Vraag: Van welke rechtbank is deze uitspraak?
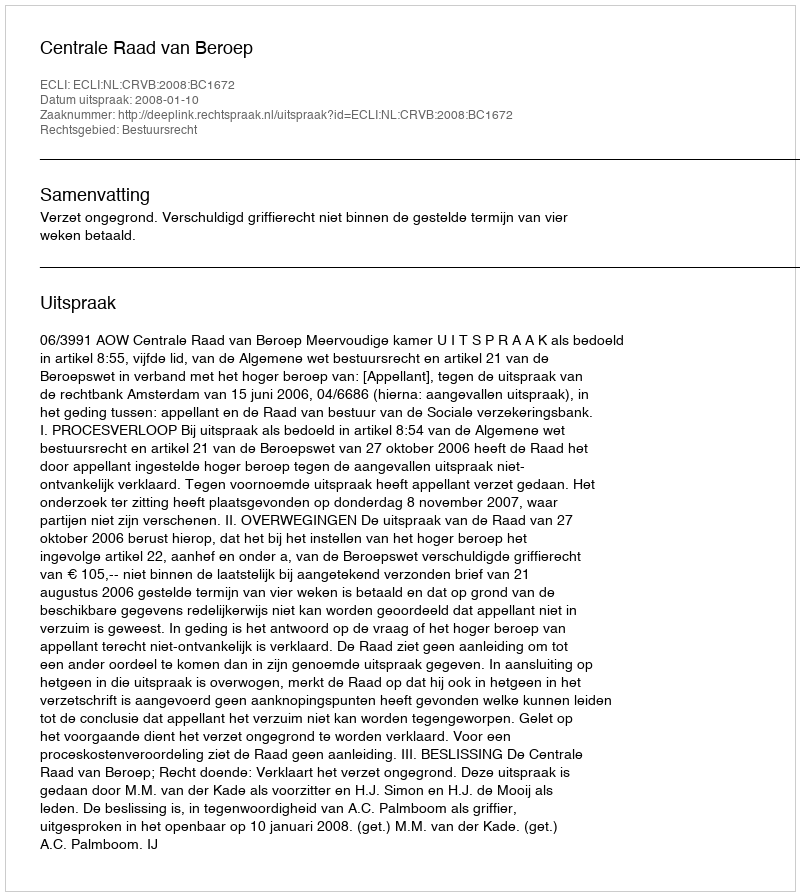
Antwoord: Centrale Raad van Beroep